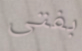
بفتى